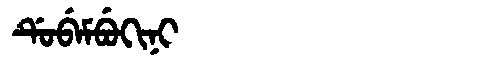
Manchu: ᡩᡠᠪᡝᠮᠪᡠᡴᡳᠨᡳ
Romanization: DUBEMBUKINI